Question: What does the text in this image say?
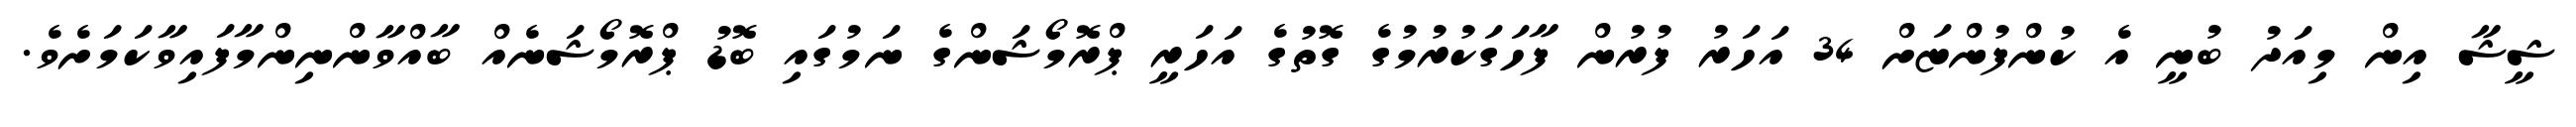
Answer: ޝީޝާ އިން މިއަދު ބުނީ އެ ކުންފުންޏަށް 34 އަހަރު ފުރުން ފާހަގަކުރުމުގެ ގޮތުގެ އަހަރީ ޕްރޮމޯޝަންގެ ނަމުގައި ބޮޑު ޕްރޮމޯޝަނެއް ބާއްވާންނިންމާފައިވާކަމަށެވެ.